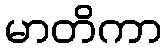
မာတိကာ